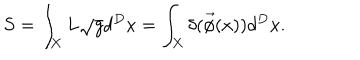
S = \int _ { X } L \sqrt { g } d ^ { D } x = \int _ { X } \delta ( \vec { \phi } ( x ) ) d ^ { D } x .